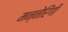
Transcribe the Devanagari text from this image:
मन्नेरिंगी